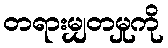
တရားမျှတမှုကို